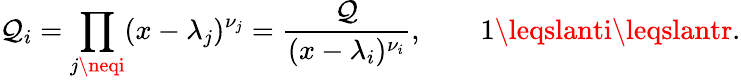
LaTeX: \mathcal{Q}_{i}=\prod_{j\neqi}(x-\lambda_{j})^{\nu_{j}}={\frac{{\mathcal{Q}}}{{(x-\lambda_{i})^{\nu_{i}}}}},\qquad1\leqslanti\leqslantr.